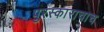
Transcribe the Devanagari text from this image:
पुरस्काराचाच